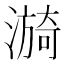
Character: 𬉀